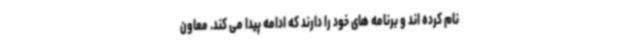
نام کرده اند و برنامه های خود را دارند که ادامه پیدا می کند. معاون